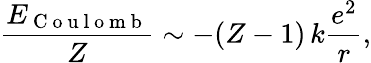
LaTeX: \frac{E_{\mathrm{~C~o~u~l~o~m~b~}}}{Z}\sim-(Z-1)\, k\frac{e^{2}}{r},